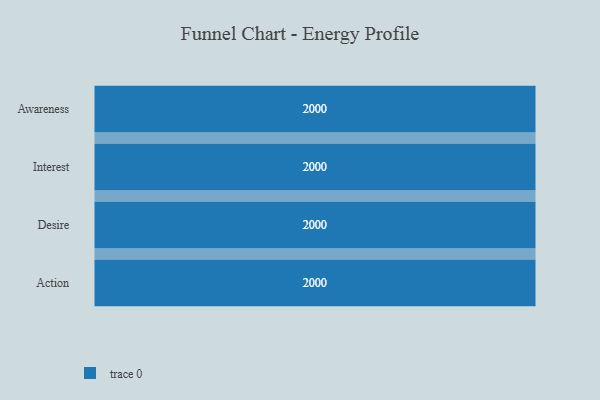
{"axis": {"x": "Stage", "y": "Value"}, "legend": [""], "data": [{"x": "Awareness", "y": 2000, "type": ""}, {"x": "Interest", "y": 2000, "type": ""}, {"x": "Desire", "y": 2000, "type": ""}, {"x": "Action", "y": 2000, "type": ""}]}